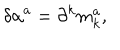
\delta \alpha ^ { a } = \partial ^ { k } m _ { k } ^ { a } ,